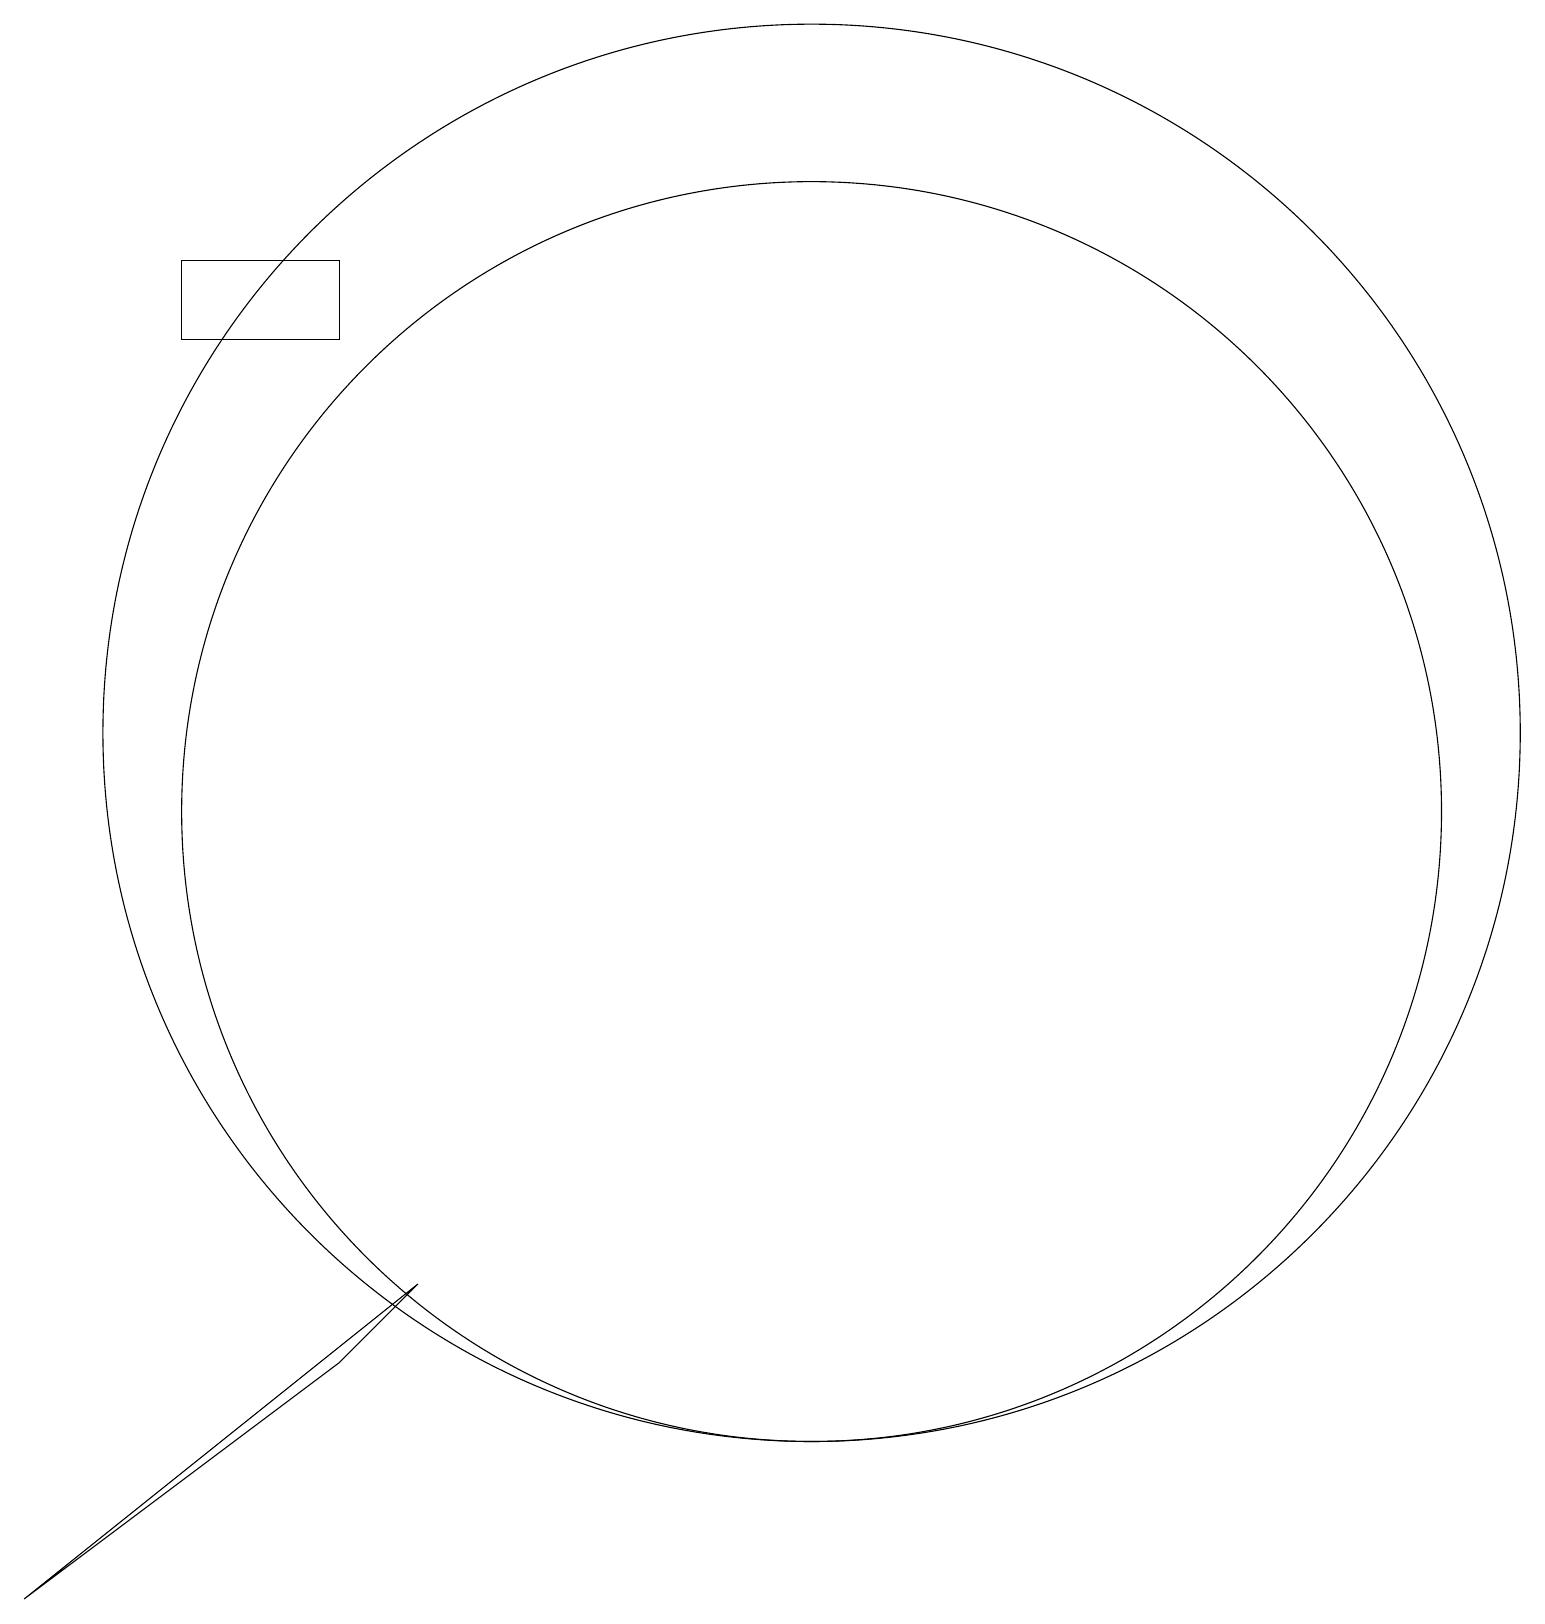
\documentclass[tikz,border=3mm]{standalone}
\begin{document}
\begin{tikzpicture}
\draw (5,3) -- (6,4) -- (1,0) -- cycle;
\draw (3,17) rectangle (5,16);
\draw (11,11) circle (9);
\draw (11,10) circle (8);
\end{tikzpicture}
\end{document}